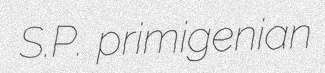
S.P. primigenian